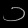
Digit: ၁